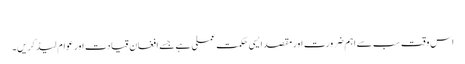
​
اس وقت سب سے اہم ضرورت اور مقصد ایسی حکمت عملی ہے جسے افغان قیادت اور عوام لیڈ کریں۔